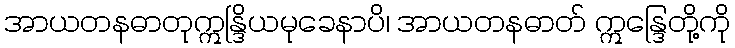
အာယတနဓာတုဣန္ဒြိယမုခေနာပိ၊ အာယတနဓာတ် ဣန္ဒြေတို့ကို